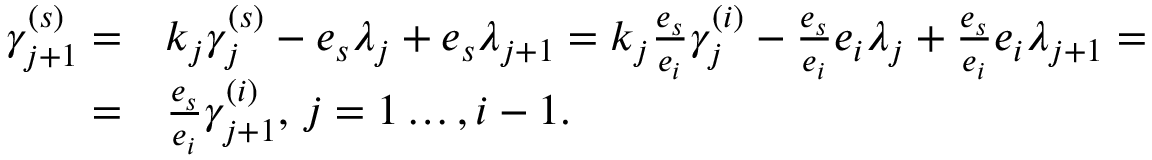
\begin{array} { r l } { \gamma _ { j + 1 } ^ { ( s ) } = } & { k _ { j } \gamma _ { j } ^ { ( s ) } - e _ { s } \lambda _ { j } + e _ { s } \lambda _ { j + 1 } = k _ { j } \frac { e _ { s } } { e _ { i } } \gamma _ { j } ^ { ( i ) } - \frac { e _ { s } } { e _ { i } } e _ { i } \lambda _ { j } + \frac { e _ { s } } { e _ { i } } e _ { i } \lambda _ { j + 1 } = } \\ { = } & { \frac { e _ { s } } { e _ { i } } \gamma _ { j + 1 } ^ { ( i ) } , \, j = 1 \ldots , i - 1 . } \end{array}